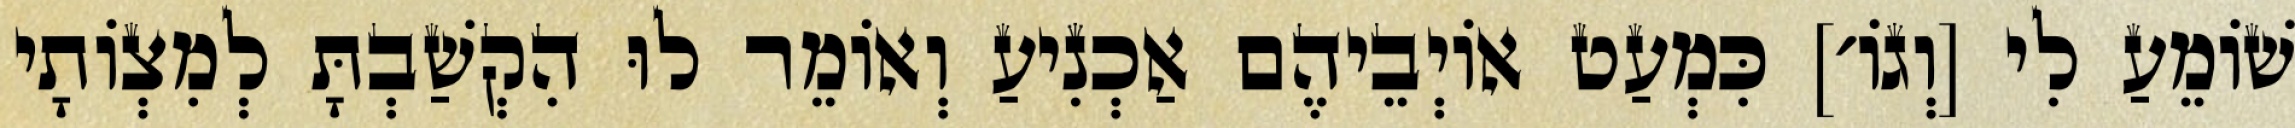
שׁוֹמֵעַ לִי [וְגוֹ׳] כִּמְעַט אוֹיְבֵיהֶם אַכְנִיעַ וְאוֹמֵר לוּ הִקְשַׁבְתָּ לְמִצְוֹתָי